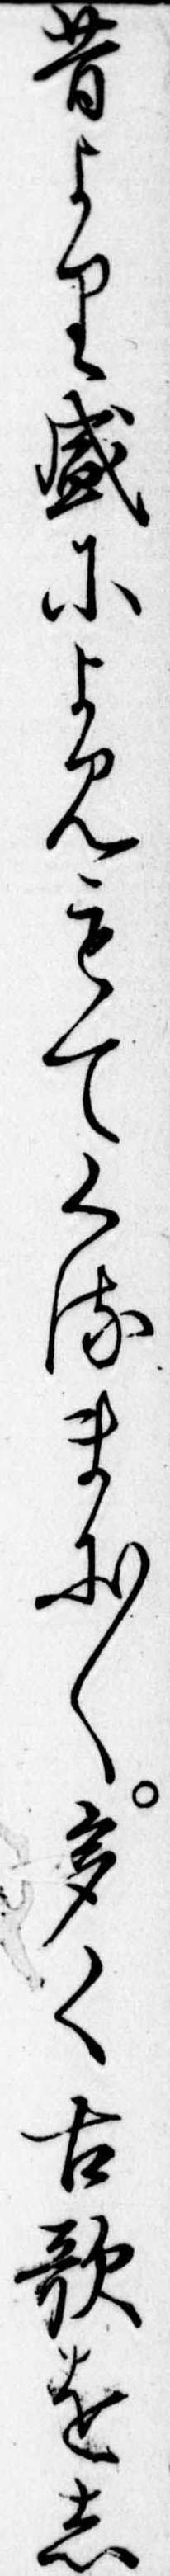
昔より盛によみもてくるまに〱多く古歌をし